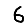
Digit: 6